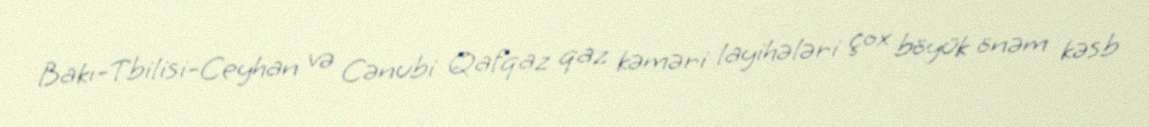
Bakı-Tbilisi-Ceyhan və Cənubi Qafqaz qaz kəməri layihələri çox böyük önəm kəsb